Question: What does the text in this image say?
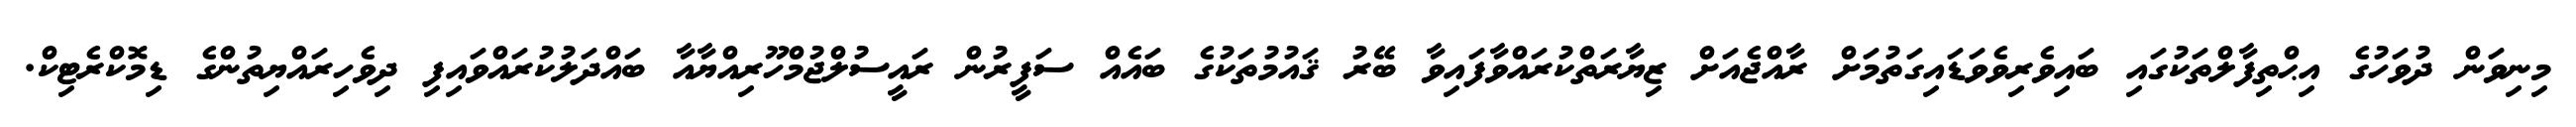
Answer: މިނިވަން ދުވަހުގެ އިޙްތިފާލްތަކުގައި ބައިވެރިވެވަޑައިގަތުމަށް ރާއްޖެއަށް ޒިޔާރަތްކުރައްވާފައިވާ ބޭރު ޤައުމުތަކުގެ ބައެއް ސަފީރުން ރައީސުލްޖުމްހޫރިއްޔާއާ ބައްދަލުކުރައްވައިފި ދިވެހިރައްޔިތުންގެ ޑިމޮކްރެޓިކް.